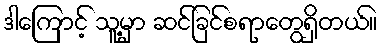
ဒါကြောင့် သူ့မှာ ဆင်ခြင်စရာတွေရှိတယ်။